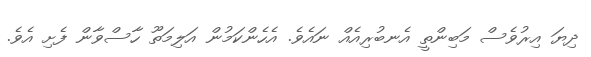
ދިޔަ އިރުވެސް މަބިންތީ އެނބުރިއެއް ނައެވެ. އެހެންކަމުން އަލިމަތޫ ހާސްވާން ފެށި އެވެ.